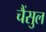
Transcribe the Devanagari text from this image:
चैंसुल